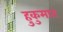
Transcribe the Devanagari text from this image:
हुकुमात